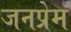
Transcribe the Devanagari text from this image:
जनप्रेम